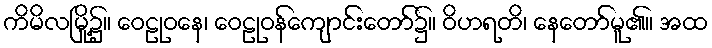
ကိမိလမြို့၌။ ဝေဠုဝနေ၊ ဝေဠုဝန်ကျောင်းတော်၌။ ဝိဟရတိ၊ နေတော်မူ၏။ အထ